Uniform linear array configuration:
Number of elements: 16
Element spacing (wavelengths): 1
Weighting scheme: binomial
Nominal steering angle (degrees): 30
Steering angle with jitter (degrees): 30.963
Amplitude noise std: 0.05
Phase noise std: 0.05

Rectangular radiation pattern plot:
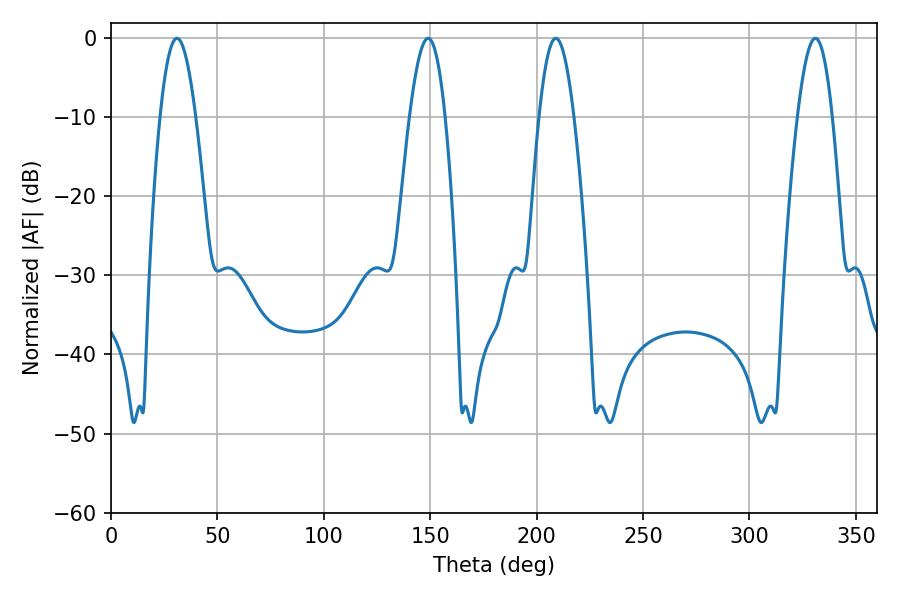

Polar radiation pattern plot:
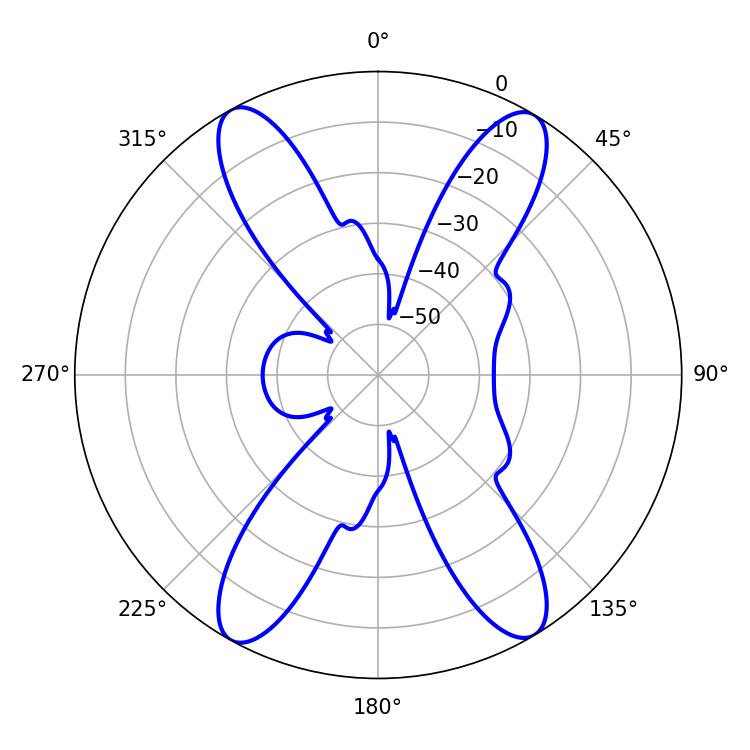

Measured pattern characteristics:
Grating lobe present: TRUE
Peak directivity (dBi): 21.299
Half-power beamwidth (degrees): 9
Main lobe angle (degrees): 30.96